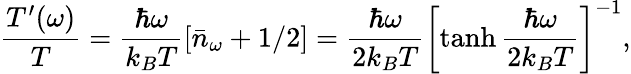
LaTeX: \frac{T^{\prime}(\omega)}{T}=\frac{\hbar\omega}{k_{B}T}[\bar{n}_{\omega}+1/2]=\frac{\hbar\omega}{2k_{B}T}\left[\operatorname{tanh}{\frac{\hbar\omega}{2k_{B}T}}\right]^{-1},